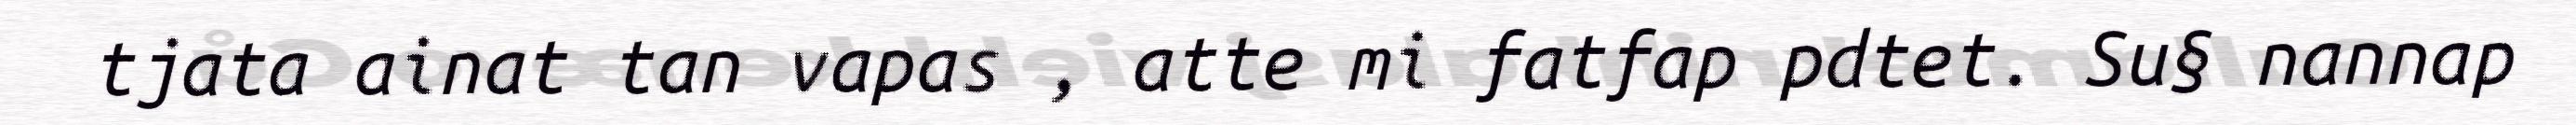
tjata ainat tan vapas , atte mi fatfap pdtet. Su§ nannap